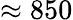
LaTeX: \approx 850